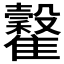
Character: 𩁡